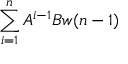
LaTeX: \sum _ { i = 1 } ^ { n } A ^ { i - 1 } B w ( n - 1 )